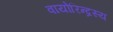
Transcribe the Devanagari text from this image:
वायोरिन्द्रस्य